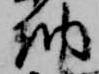
納